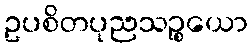
ဥပစိတပုညသဉ္စယော